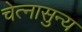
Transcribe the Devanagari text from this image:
चेत्नासुन्य